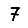
Digit: 7